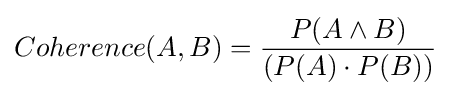
Coherence(A,B)={\frac {P(A\land B)}{(P(A)\cdot P(B))}}